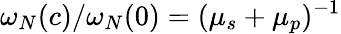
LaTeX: \omega_{N}(c)/\omega_{N}(0)=(\mu_{s}+\mu_{p})^{-1}